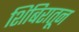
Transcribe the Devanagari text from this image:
शिबिरातून